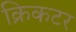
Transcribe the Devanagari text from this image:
क्रिकटर